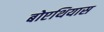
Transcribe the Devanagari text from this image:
बोएथियास